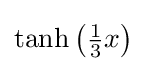
{\textstyle \tanh \left({\frac {1}{3}}x\right)}